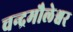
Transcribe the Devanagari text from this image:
चन्द्रमौलेश्वर